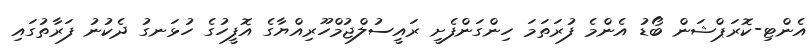
އެންޓި-ކޮރަޕްޝަން ބޯޑު އެންމެ ފުރަތަމަ ހިންގަންފެށީ ރައީސުލްޖުމްހޫރިއްޔާގެ އޮފީހުގެ ހުޅަނގު ދެކުނު ފަރާތުގައި